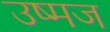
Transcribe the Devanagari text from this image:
उष्मज